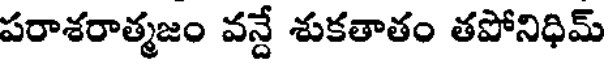
పరాశరాత్మజం వన్దే శుకతాతం తపోనిధిమ్